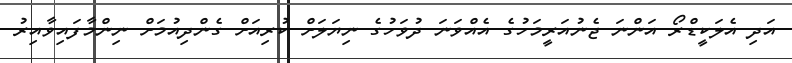
އަދި އެލަކީޑްރޯ އަންނަ ޖެނުއަރީމަހުގެ އެއްވަނަ ދުވަހުގެ ނިޔަލަށް ކުރިއަށް ގެންދިއުމަށް ނިންމާފައިވާއިރު